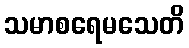
သမာစရေမသေတိ